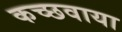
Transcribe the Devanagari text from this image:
कच्छवाया